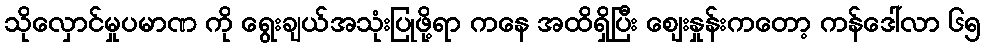
သိုလှောင်မှုပမာဏ ကို ရွေးချယ်အသုံးပြုဖို့ရာ ကနေ အထိရှိပြီး ဈေးနှုန်းကတော့ ကန်ဒေါ်လာ ၆၅